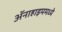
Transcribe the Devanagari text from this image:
ॲनाहाइममध्ये